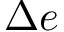
\Delta e